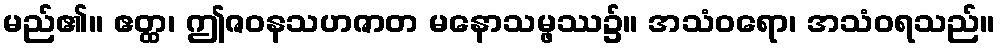
မည်၏။ ဧတ္ထ၊ ဤဇဝနသဟဇာတ မနောသမ္ဖဿ၌။ အသံဝရော၊ အသံဝရသည်။